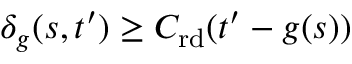
\delta _ { g } ( s , t ^ { \prime } ) \geq C _ { \mathrm { r d } } ( t ^ { \prime } - g ( s ) )